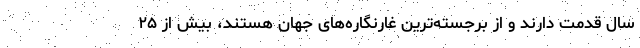
سال قدمت دارند و از برجسته‌ترین غارنگاره‌های جهان هستند، بیش از ۲۵